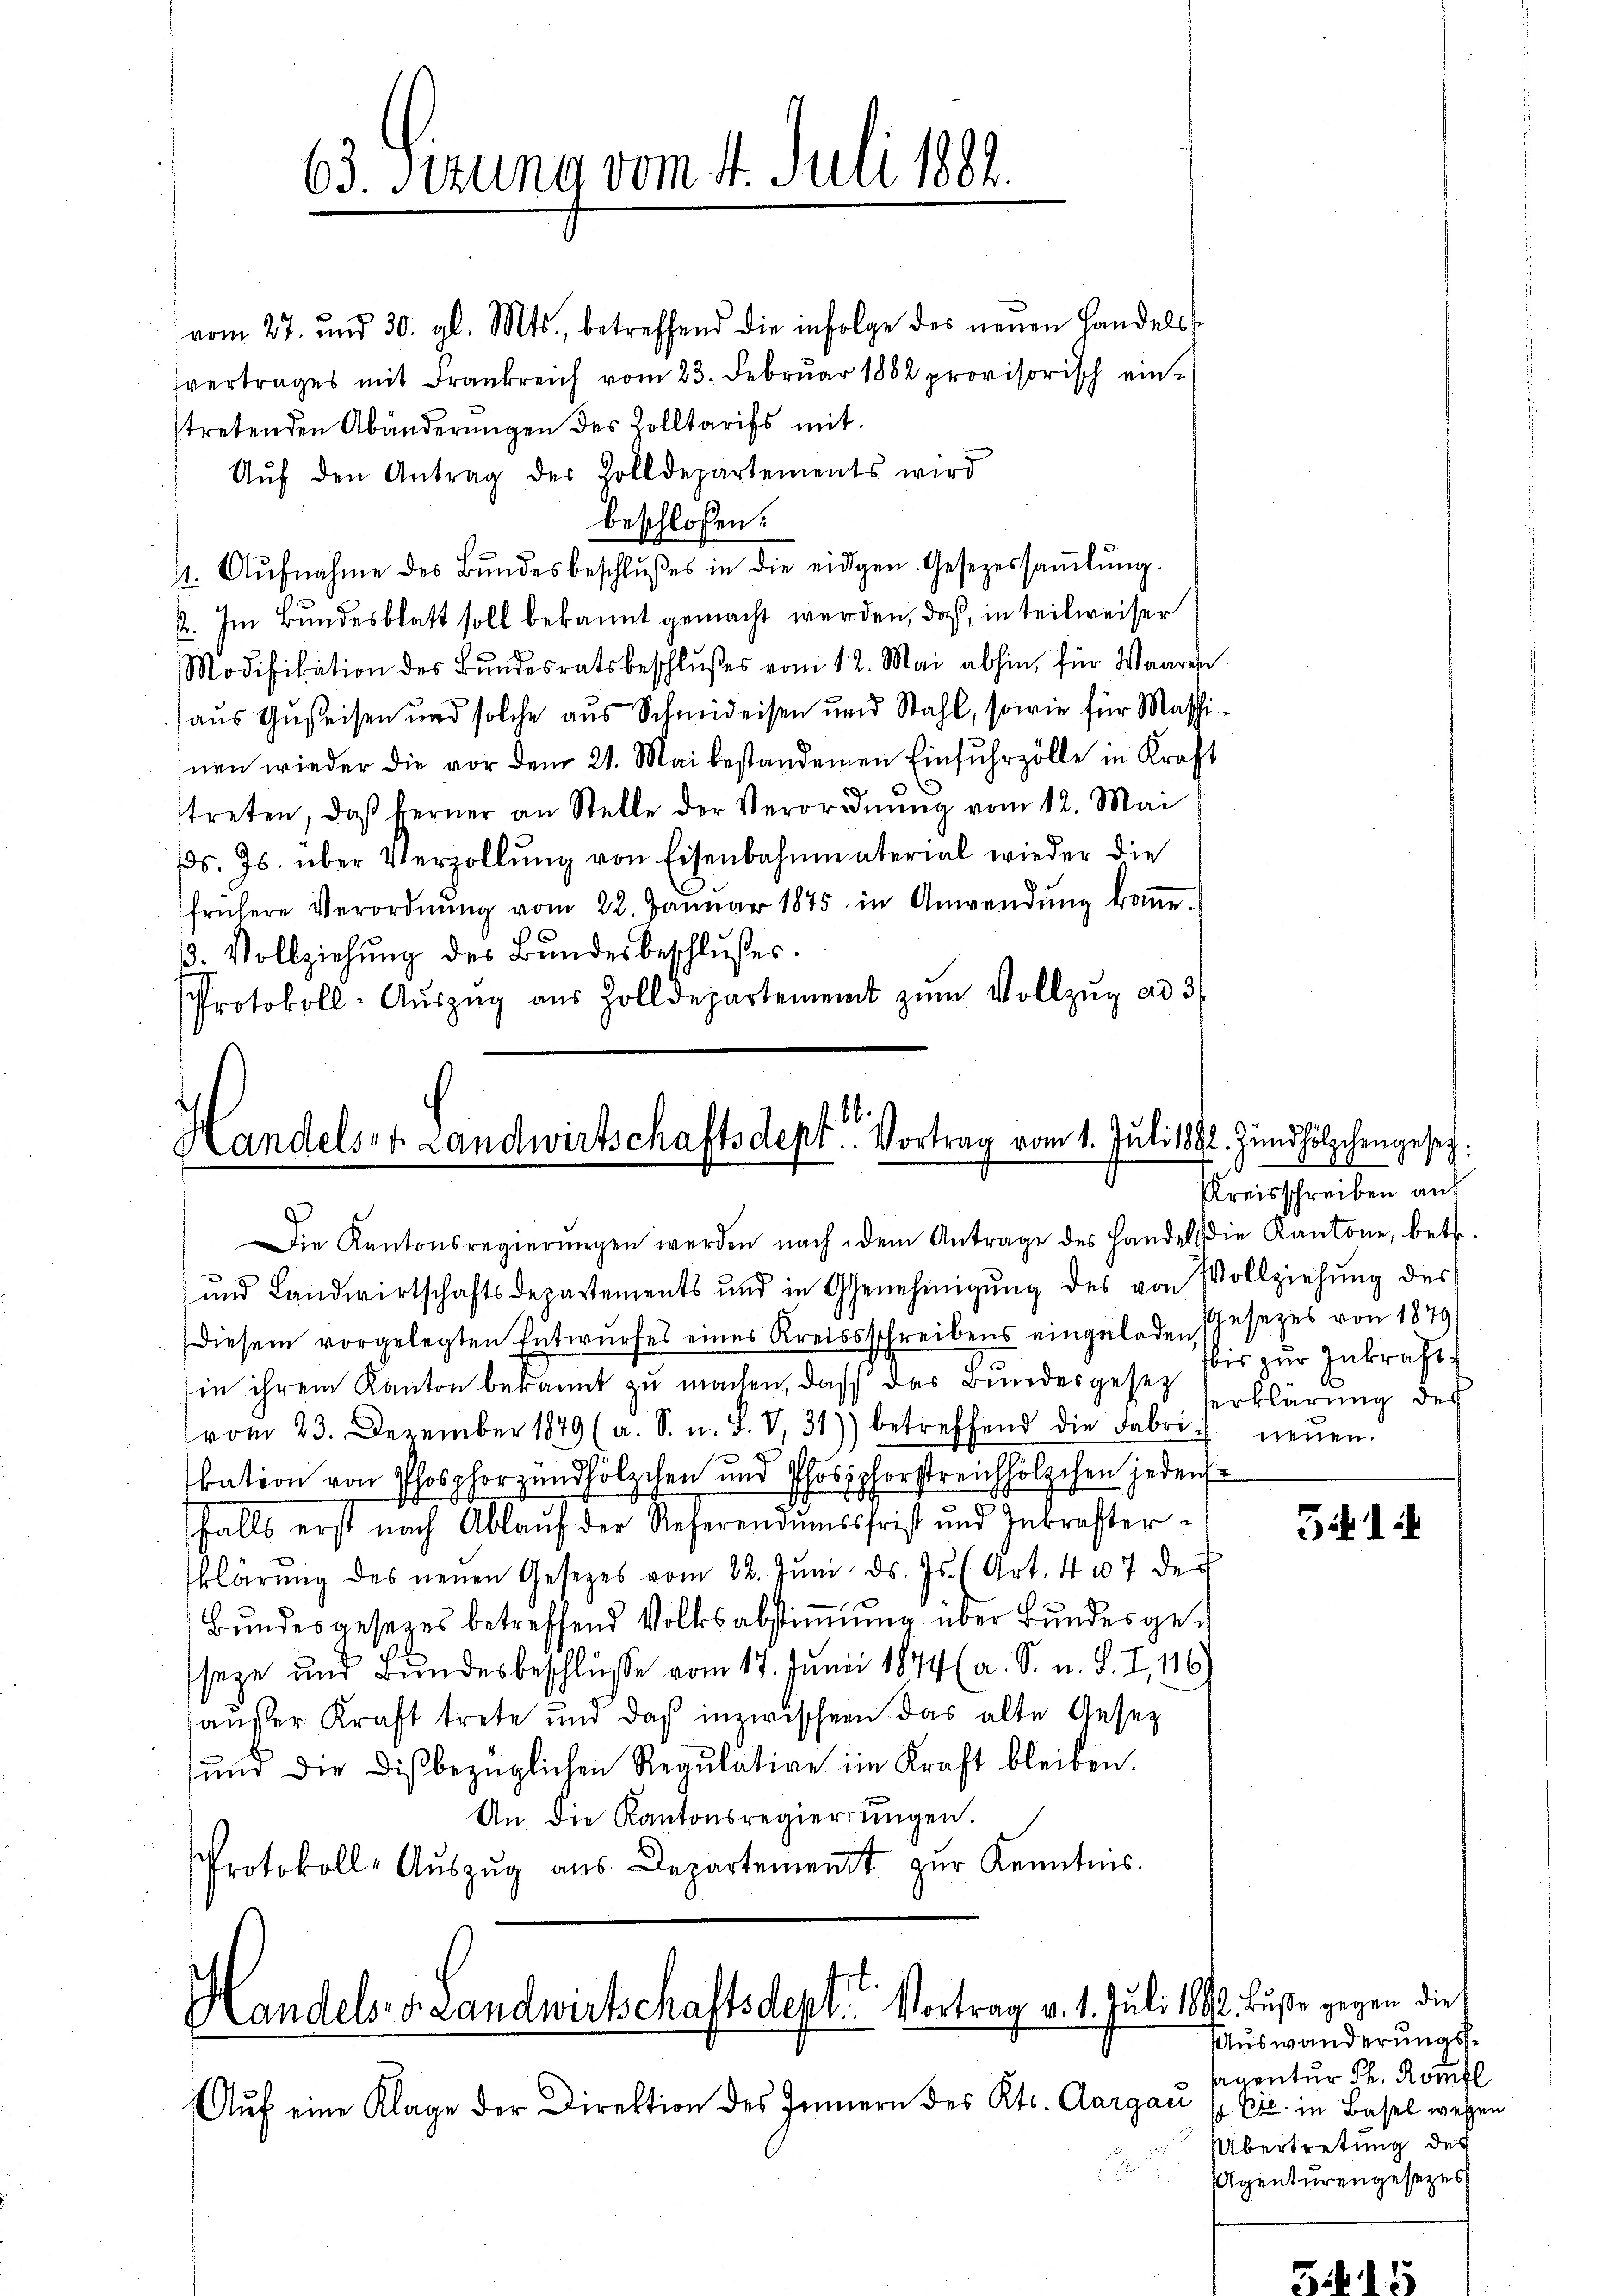
63. Sizung vom 4. Juli 1882.

vom 27. und 30. gl. Mts., betreffend die infolge des neuen Handelsvertrages mit Frankreich vom 23. Februar 1882 provisorisch eintretenden Abänderŭngen des Zolltarifs mit
Aŭf den Antrag der Zolldepartements wird
beschlossen:
11. Aŭfnahme des Bŭndesbeschlŭsses in die eidgen. Gesezessaṁlŭng.
2. Im Bundesblatt soll bekannt gemacht werden, daß, in teilweiser
Modifikation des Bŭndesratsbeschlŭβes vom 12. Mai abhin, für Waaren
aus Gusteisen und solche aus Schmideisen und Stahl, sowie für Maschihnen wieder die vor dem 21. Mai bestandenen Einfuhrzölle in Kraft
streten, daβ berner an Stelle der Verordnŭng vom 12. Mai
Ds. Js. über Verzollung von Eisenbahnmaterial wieder die
frühere Verordnŭng vom 22. Janŭar 1845 in Anwendŭng koṁe.
3. Vollziehung des Bundesbeschlusses.
Protokoll-Aŭszŭg aŭs Zolldepartement zŭm Vollzŭg ad 3

.
Handelst Landwirtschaftsdept. Vortrag vom 1. Jŭli 1892. Zŭndhölzchengesez¬
Die Kantonsregierŭngen werden nach dem Antrage des Handel die Kantone, betr.

und Landwirtschaftsdepartements und in Genehmigŭng des von Vollziehŭng des
diesem vorgelegten Entwŭrfes eines Kreissschreibens eingeladen (Gesezes von 1879
in ihrem Kanton bekannt zu machen, daß das Bundesgesetz
vom 23. Dezember 1879 (a. S. n. F. V. 31) betreffend die Fabri-
kation von Phosphorzundhölzchen und Phosphorstreichhölzchen jedensfalls erst nach Ablauf der Referendumssfrist und Inkrafterklärung des neuen Gesetzes vom 22. Jŭni d. Js. (Art. 407 der
Bundesgesezes betreffend Volksabstimmung über Bundesgeseze und Bundesbeschlüsse vom 17. Juni 1874 (a. S. u. S. I, 116)
außer Kraft trete und daß inzwischen das alte Gesez
und die dis bezüglichen Regulative im Kraft bleiben.
An die Kantonsregierŭngen.
Protokoll-Aŭszŭg aŭs Departement zŭr Kenntnis.

Handels- Landwirtschaftsdept. Vortrag v. 1. Juli 1892. Buße gegen die

Aŭf eine Klage der Direktion des Innern des Kts. Aargau

Kreisschreiben auf
bis zur Inkraft.
erklärung des
neuen.

51

Auswanderungs¬
Agentur Ph. Rombl
s ptr. in Basel wegen
Übertretung des
Agenturengesezes